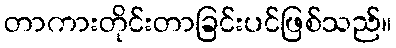
တာကားတိုင်းတာခြင်းပင်ဖြစ်သည်။